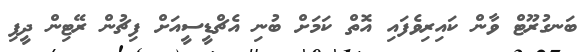
ބަނގުރޫޓް ވާން ކައިރިވެފައި އޮތް ކަމަށް ބުނި އެޗްޑީސީއަށް ފިޗުން ރޭޓިން ދީފި